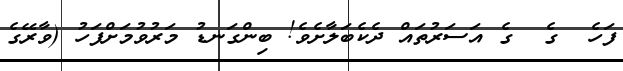
ފަހެ  ގެ  ގެ އަސަރުތައް ދެކެބަލާށެވެ! ބިންގަނޑު މަރުވުމަށްފަހު (ވާރޭގެ